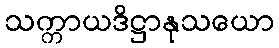
သက္ကာယဒိဋ္ဌာနုသယော